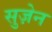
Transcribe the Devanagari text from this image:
सुज़ेन